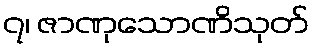
၇၊ ဇာဏုသောဏိသုတ်